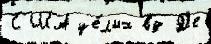
США це́лых вд Д'е